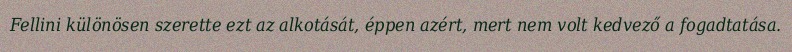
Fellini különösen szerette ezt az alkotását, éppen azért, mert nem volt kedvező a fogadtatása.